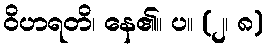
ဝိဟရတိ၊ နေ၏။ ပ။ (၂၊ ၈)